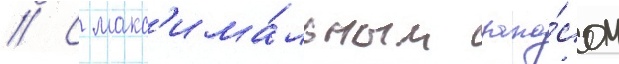
// С макс'има́льным запа́сом